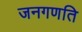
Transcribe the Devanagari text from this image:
जनगणति